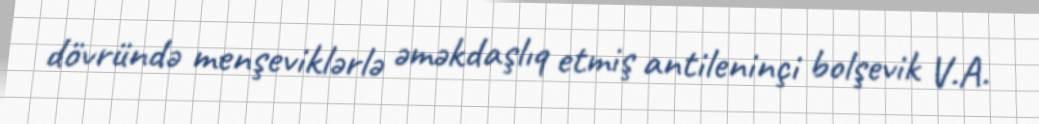
dövründə menşeviklərlə əməkdaşlıq etmiş antileninçi bolşevik V.A.